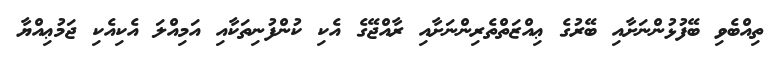
ތިއްބެވި ބޭފުޅުންނަށާއި ބޭރުގެ ޢިއްޒަތްތެރިންނަށާއި ރާއްޖޭގެ އެކި ކުންފުނިތަކާއި އަމިއްލަ އެކިއެކި ޖަމުޢިއްޔާ